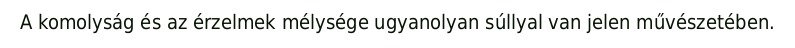
A komolyság és az érzelmek mélysége ugyanolyan súllyal van jelen művészetében.